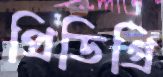
প্রিডিগ্রি